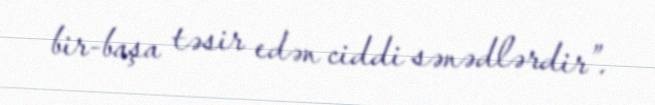
bir-başa təsir edən ciddi sənədlərdir”.